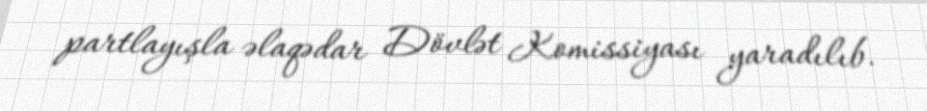
partlayışla əlaqədar Dövlət Komissiyası yaradılıb.